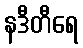
နဒီတီရေ